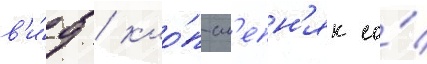
в'и́д / кло́п-сл'епн'як со́